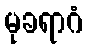
မုခရာဂံ